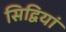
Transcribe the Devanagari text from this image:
सिद्वियां